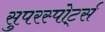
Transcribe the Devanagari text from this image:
सुपरस्पोर्ट्स